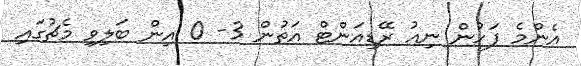
އެންމެ ފަހުން ނިއު ރޭޑިއަންޓް އަތުން 3- 0 އިން ބަލިވި މެޗުގައި